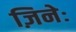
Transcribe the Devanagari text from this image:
ज़िनेः